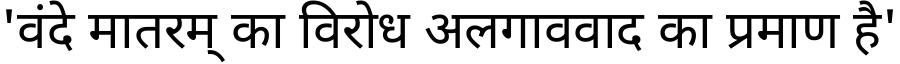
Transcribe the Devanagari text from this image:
'वंदे मातरम् का विरोध अलगाववाद का प्रमाण है'